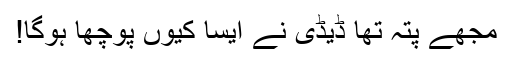
مجھے پتہ تھا ڈیڈی نے ایسا کیوں پوچھا ہوگا!